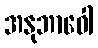
အနုဘာဝေါ